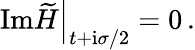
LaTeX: \left.\mathrm{Im}\widetilde{H}\right|_{t+\mathrm{i}\sigma/2}=0\, .